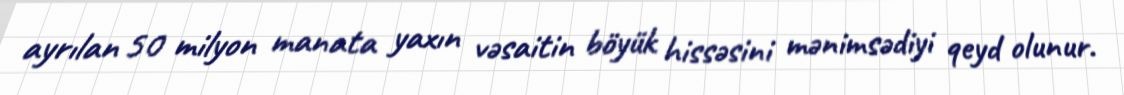
ayrılan 50 milyon manata yaxın vəsaitin böyük hissəsini mənimsədiyi qeyd olunur.